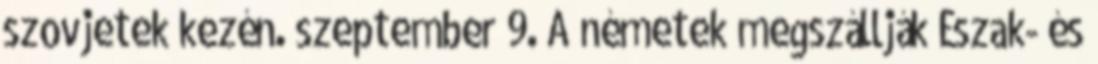
szovjetek kezén. szeptember 9. A németek megszállják Észak- és